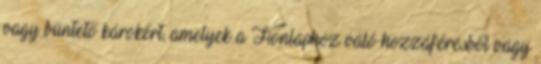
vagy büntető károkért, amelyek a Honlaphoz való hozzáférésből vagy